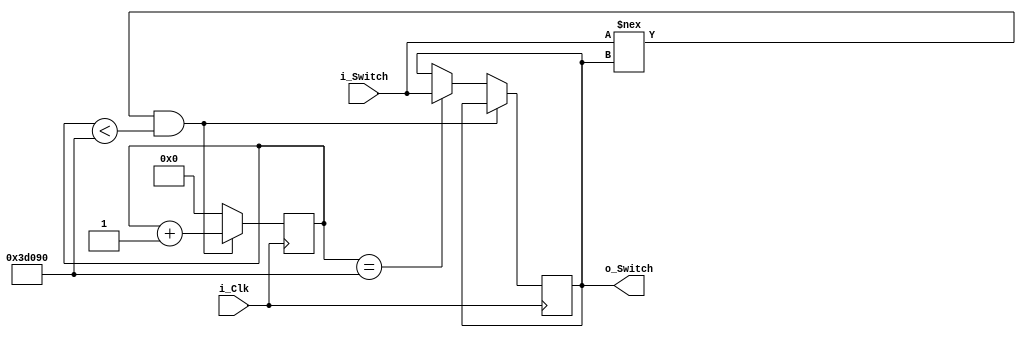
module debounce_switch(input i_Clk, input i_Switch, output o_Switch);

    parameter c_DEBOUNCE_LIMIT = 250000; // Clock is 25 MHz which gives 250000/25000000 = 0.01 s = 10 ms

    reg [17:0] r_Count = 0;
    reg r_State = 1'b0;

    always @(posedge i_Clk) begin
        if (i_Switch !== r_State && r_Count < c_DEBOUNCE_LIMIT)
        begin
            r_Count <= r_Count + 1;
        end
        else if (r_Count == c_DEBOUNCE_LIMIT)
        begin
            r_State = i_Switch;
            r_Count = 0;
        end
        else
        begin
            r_Count <= 0;
        end
                
    end

    assign o_Switch = r_State;
endmodule